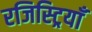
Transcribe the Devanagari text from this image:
रजिस्ट्रियाँ